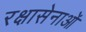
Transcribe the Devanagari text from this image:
रक्षासेनाओं